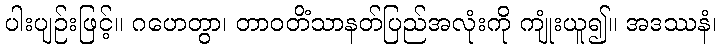
ပါးပျဉ်းဖြင့်။ ဂဟေတွာ၊ တာဝတိံသာနတ်ပြည်အလုံးကို ကျုံးယူ၍။ အဒဿနံ၊